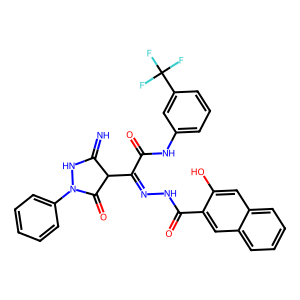
SMILES: N=C1NN(c2ccccc2)C(=O)C1C(=NNC(=O)c1cc2ccccc2cc1O)C(=O)Nc1cccc(C(F)(F)F)c1
Inhibits HIV replication: No